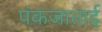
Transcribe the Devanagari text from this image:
पंकजाताई